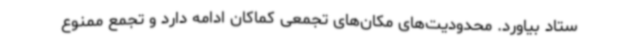
ستاد بیاورد. محدودیت‌های مکان‌های تجمعی کماکان ادامه دارد و تجمع ممنوع